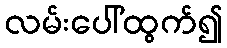
လမ်းပေါ်ထွက်၍